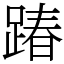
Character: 踳